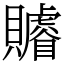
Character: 䞊